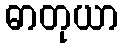
ဓာတုယာ